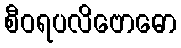
စီဝရပလိဗောဓော